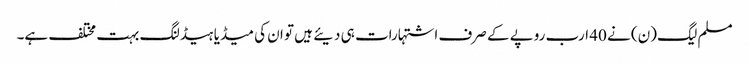
مسلم لیگ (ن) نے 40 ارب روپے کے صرف اشتہارات ہی دیئے ہیں تو ان کی میڈیا ہیڈلنگ بہت مختلف ہے۔